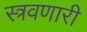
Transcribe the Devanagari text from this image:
स्त्रवणारी